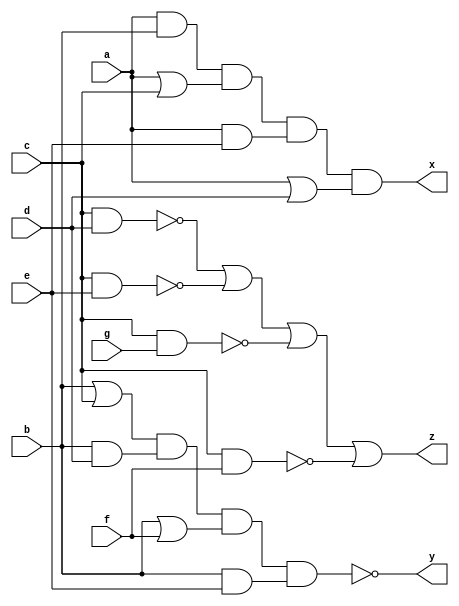
module case4 (a,b,c,d,e,f,g,x,y,z);

input a;
input b;
input c;
input d;
input e;
input f;
input g;
output x;
output y;
output z;


// Defining intermediate wires
wire ab_and, bc_or, cd_nand, de_xor, ef_and, fg_or, ga_nand;
wire ac_or, bd_and, ce_nand, df_xor, eg_and, fa_or, gb_nand;
wire ae_and, bf_or, cg_nand, da_xor, eb_and, fc_or, gd_nand;
wire ad_or, be_and, cf_nand, dg_xor, ea_and, fb_or, gc_nand;

// Gates for pairs of inputs
and   (ab_and, a, b);
or    (bc_or, b, c);
nand  (cd_nand, c, d);
xor   (de_xor, d, e);
and   (ef_and, e, f);
or    (fg_or, f, g);
nand  (ga_nand, g, a);

// Gates for pairs of non-adjacent inputs
or    (ac_or, a, c);
and   (bd_and, b, d);
nand  (ce_nand, c, e);
xor   (df_xor, d, f);
and   (eg_and, e, g);
or    (fa_or, f, a);
nand  (gb_nand, g, b);

// Gates for pairs of inputs with two in between
and   (ae_and, a, e);
or    (bf_or, b, f);
nand  (cg_nand, c, g);
xor   (da_xor, d, a);
and   (eb_and, e, b);
or    (fc_or, f, c);
nand  (gd_nand, g, d);

// Gates for pairs of inputs with three in between
or    (ad_or, a, d);
and   (be_and, b, e);
nand  (cf_nand, c, f);
xor   (dg_xor, d, g);
and   (ea_and, e, a);
or    (fb_or, f, b);
nand  (gc_nand, g, c);

// Gates for outputs
and   (x, ab_and, ac_or, ae_and, ad_or);
nand  (y, bc_or, bd_and, bf_or, be_and);
or    (z, cd_nand, ce_nand, cg_nand, cf_nand);

endmodule